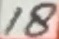
Text: 18